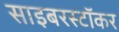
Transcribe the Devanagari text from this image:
साइबरस्टॉकर